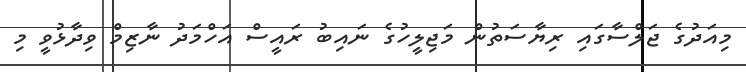
މިއަދުގެ ޖަލްސާގައި ރިޔާސަތުން މަޖިލީހުގެ ނައިބު ރައީސް އަހްމަދު ނާޒިމް ވިދާޅުވީ މި